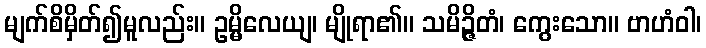
မျက်စိမှိတ်၍မူလည်း။ ဥမ္မိလေယျ၊ မျိုရာ၏။ သမိဉ္ဇိတံ၊ ကွေးသော။ ဗာဟံဝါ၊